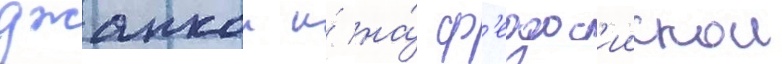
джанкои и́ на́ ф'еодос'иискои